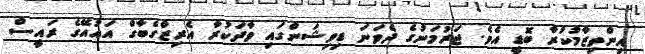
އިންތިޒާމުކުރާ ބޮޑީ އެވެ. ޖަރުމަނުގެ ދެވަަނަ ޑިވިޝަންގައި ވާދަކުރާ އެރިޒްގެބާގް އައުއޭގެ ރައީސް